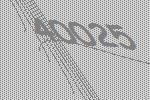
40025